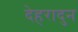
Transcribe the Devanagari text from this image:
देहरादुन